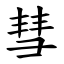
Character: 彗